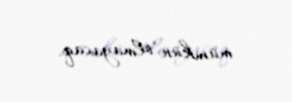
mümkün olmayacaq.